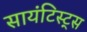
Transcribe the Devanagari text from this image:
सायंटिस्ट्स